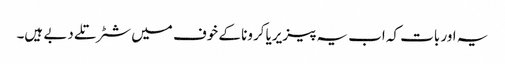
یہ اور بات کہ اب یہ پیزیریا کرونا کے خوف میں شٹر تلے دبے ہیں۔